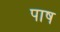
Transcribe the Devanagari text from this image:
पाष